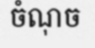
ចំណុច